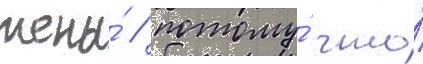
жены́ / потому́ что́